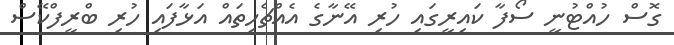
ގޮސް ހުއްޓުނީ ސޯފާ ކައިރީގައި ހުރި އޭނާގެ އެއްޗެހިތައް އަޅާފައި ހުރި ބްރީފްކޭސް